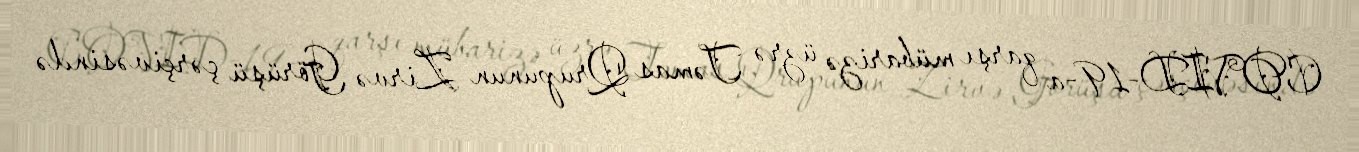
COVID-19-a qarşı mübarizə üzrə Təmas Qrupunun Zirvə Görüşü çərçivəsində